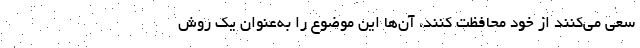
سعی می‌کنند از خود محافظت کنند، آن‌ها این موضوع را به‌عنوان یک روش